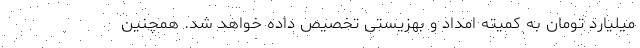
میلیارد تومان به کمیته امداد و بهزیستی تخصیص داده خواهد شد. همچنین